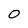
Character: 0